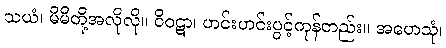
သယံ၊ မိမိတို့အလိုလို။ ဝိဝဋာ၊ ဟင်းဟင်းပွင့်ကုန်တည်း။ အဟေသုံ၊